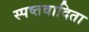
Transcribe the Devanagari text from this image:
स्पष्तवादिता